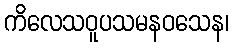
ကိလေသဝူပသမနဝသေန၊